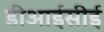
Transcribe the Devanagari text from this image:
डीआईसीई